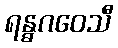
ရန္ဓဂဝေသီ